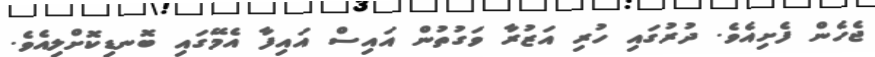
ޖެހެން ފެށިއެވެ. ދުރުގައި ހުރި އަޒުރާ ވަގުތުން އައިސް އައިފާ އެމޭގައި ބޮނޑިކޮށްލިއެވެ.